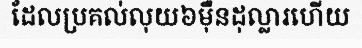
ដែលប្រគល់លុយ៦ម៉ឺនដុល្លារហើយ